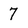
Character: 7